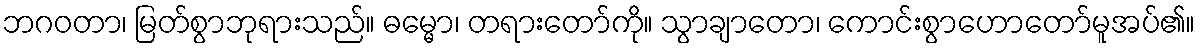
ဘဂဝတာ၊ မြတ်စွာဘုရားသည်။ ဓမ္မော၊ တရားတော်ကို။ သွာချာတော၊ ကောင်းစွာဟောတော်မူအပ်၏။